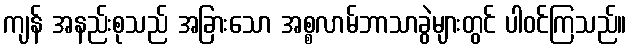
ကျန် အနည်းစုသည် အခြားသော အစ္စလာမ်ဘာသာခွဲများတွင် ပါဝင်ကြသည်။